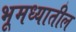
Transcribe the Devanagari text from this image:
भूमध्यातील